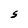
Character: S